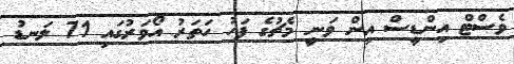
ވެސްޓް އިންޑީސް އިން ވަނީ މެޗުގެ ފަހު ހަތަރު އޯވަރުގައި 71 ލަނޑު